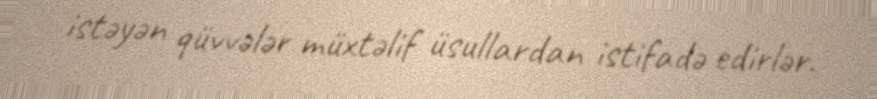
istəyən qüvvələr müxtəlif üsullardan istifadə edirlər.